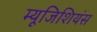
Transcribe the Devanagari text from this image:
म्यूजिशियंस